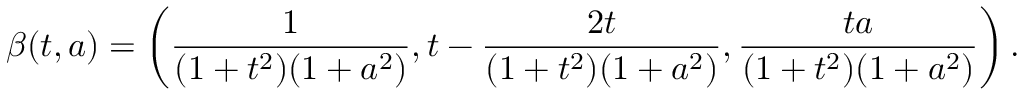
\beta ( t , a ) = \left( { \frac { 1 } { ( 1 + t ^ { 2 } ) ( 1 + a ^ { 2 } ) } } , t - { \frac { 2 t } { ( 1 + t ^ { 2 } ) ( 1 + a ^ { 2 } ) } } , { \frac { t a } { ( 1 + t ^ { 2 } ) ( 1 + a ^ { 2 } ) } } \right) .